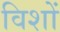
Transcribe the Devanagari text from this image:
विशों